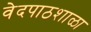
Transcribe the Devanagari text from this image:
वेदपाठशाळा